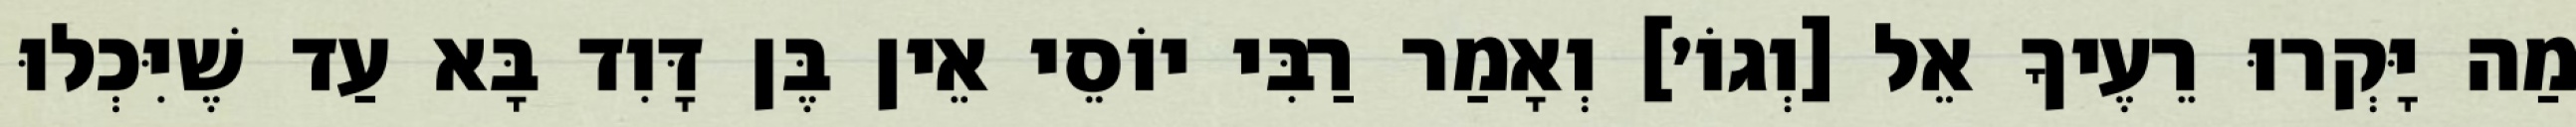
מַה יָּקְרוּ רֵעֶיךָ אֵל [וְגוֹ׳] וְאָמַר רַבִּי יוֹסֵי אֵין בֶּן דָּוִד בָּא עַד שֶׁיִּכְלוּ